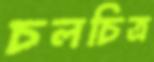
চলচিত্র